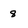
Character: 8